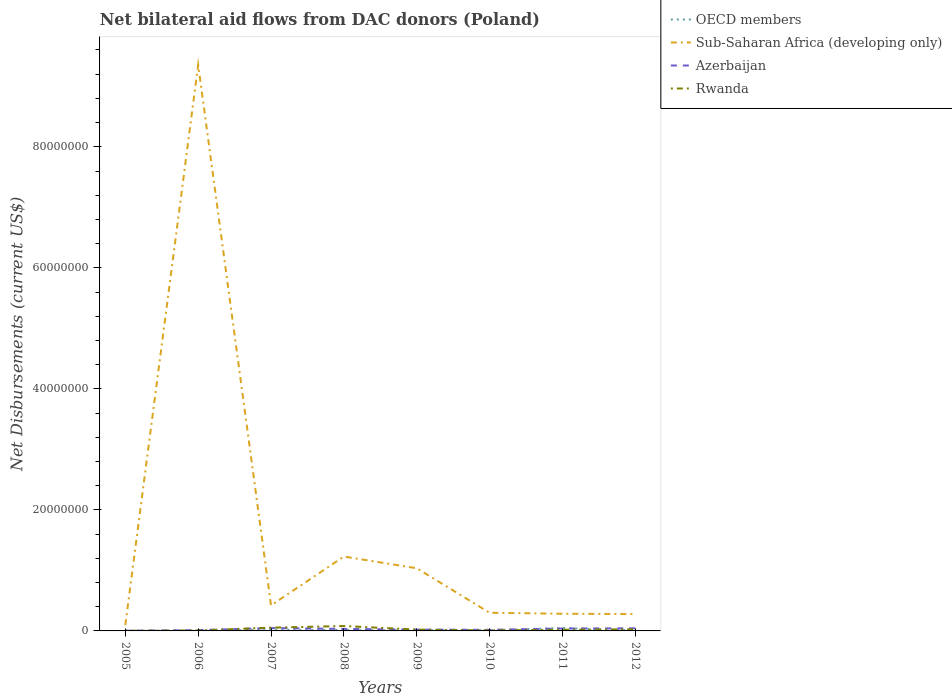
| Years | OECD members | Sub-Saharan Africa (developing only) | Azerbaijan | Rwanda |
 | --- | --- | --- | --- | --- |
 | 2005 | 5e+04 | 9.6e+05 | 3e+04 | 2e+04 |
 | 2006 | 3e+04 | 9.35e+07 | 1.3e+05 | 8e+04 |
 | 2007 | 2.1e+05 | 4.22e+06 | 4.7e+05 | 5.4e+05 |
 | 2008 | 1.4e+05 | 1.23e+07 | 3.3e+05 | 8.1e+05 |
 | 2009 | 9e+04 | 1.04e+07 | 2.2e+05 | 2.2e+05 |
 | 2010 | 1.2e+05 | 3e+06 | 1.8e+05 | 8e+04 |
 | 2011 | 4.7e+05 | 2.84e+06 | 4e+05 | 1.9e+05 |
 | 2012 | 7e+04 | 2.78e+06 | 4.3e+05 | 2.7e+05 |